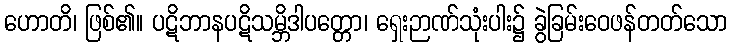
ဟောတိ၊ ဖြစ်၏။ ပဋိဘာနပဋိသမ္ဘိဒါပတ္တော၊ ရှေးဉာဏ်သုံးပါး၌ ခွဲခြမ်းဝေဖန်တတ်သော